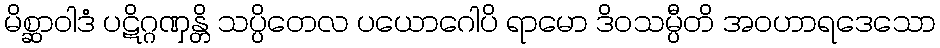
မိစ္ဆာဝါဒံ ပဋိဂ္ဂဏှန္တိ သပ္ပိတေလ ပယောဂေါပိ ရာမော ဒိဝသမ္ပီတိ အဝဟာရဒေသော